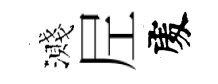
濺𡰱𠁅